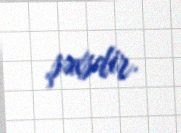
şəxsdir.